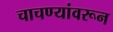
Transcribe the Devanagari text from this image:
चाचण्यांवरून